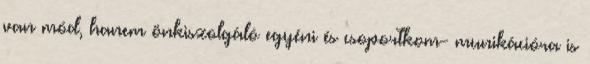
van mód, hanem önkiszolgáló egyéni és csoportkom- munikációra is